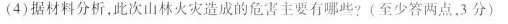
(4)据材料分析，此次山林火灾造成的危害主要有哪些?(至少答两点，3分)